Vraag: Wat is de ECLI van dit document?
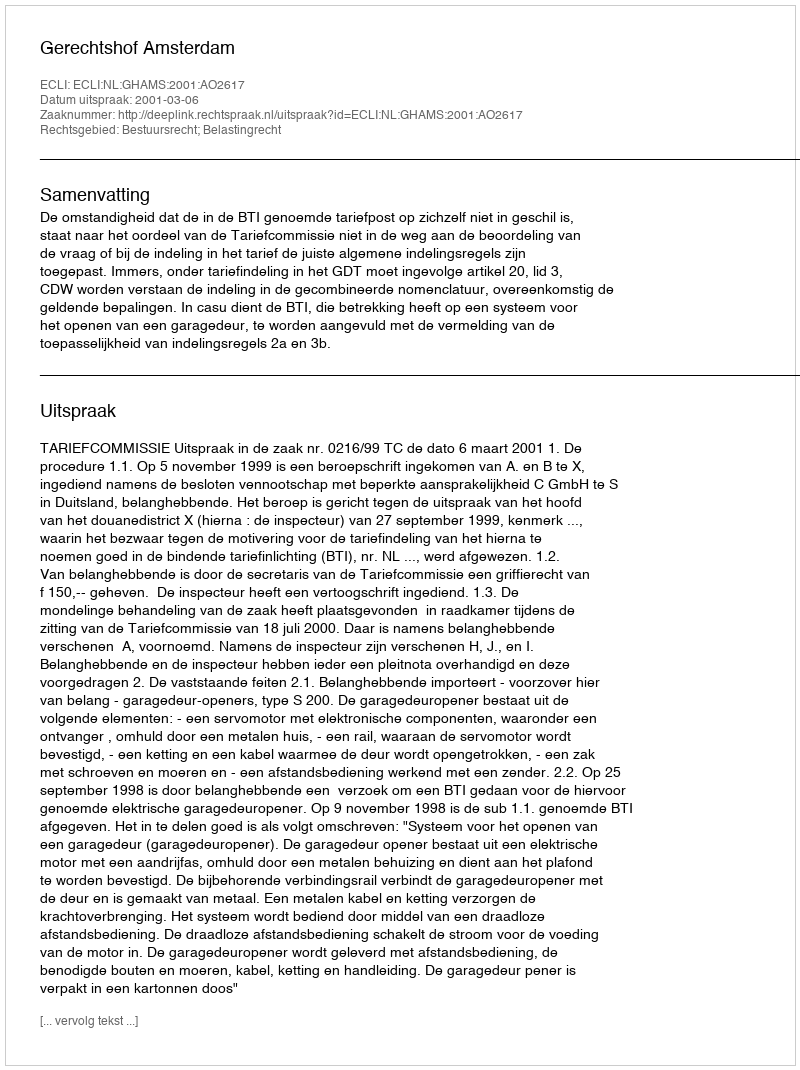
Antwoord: ECLI:NL:GHAMS:2001:AO2617